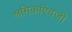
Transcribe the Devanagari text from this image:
श्रमिकांऐवजी